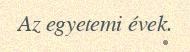
Az egyetemi évek.